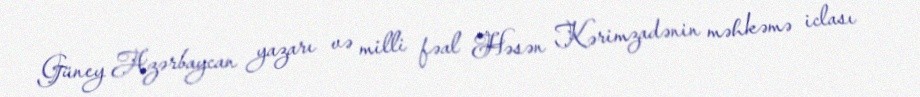
Güney Azərbaycan yazarı və milli fəal Həsən Kərimzadənin məhkəmə iclası